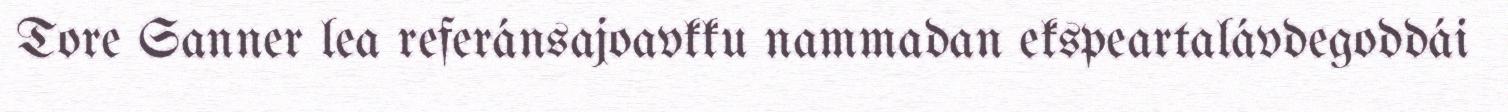
Tore Sanner lea referánsajoavkku nammadan ekspeartalávdegoddái